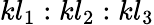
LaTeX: kl_{1}:kl_{2}:kl_{3}